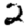
Digit: 2